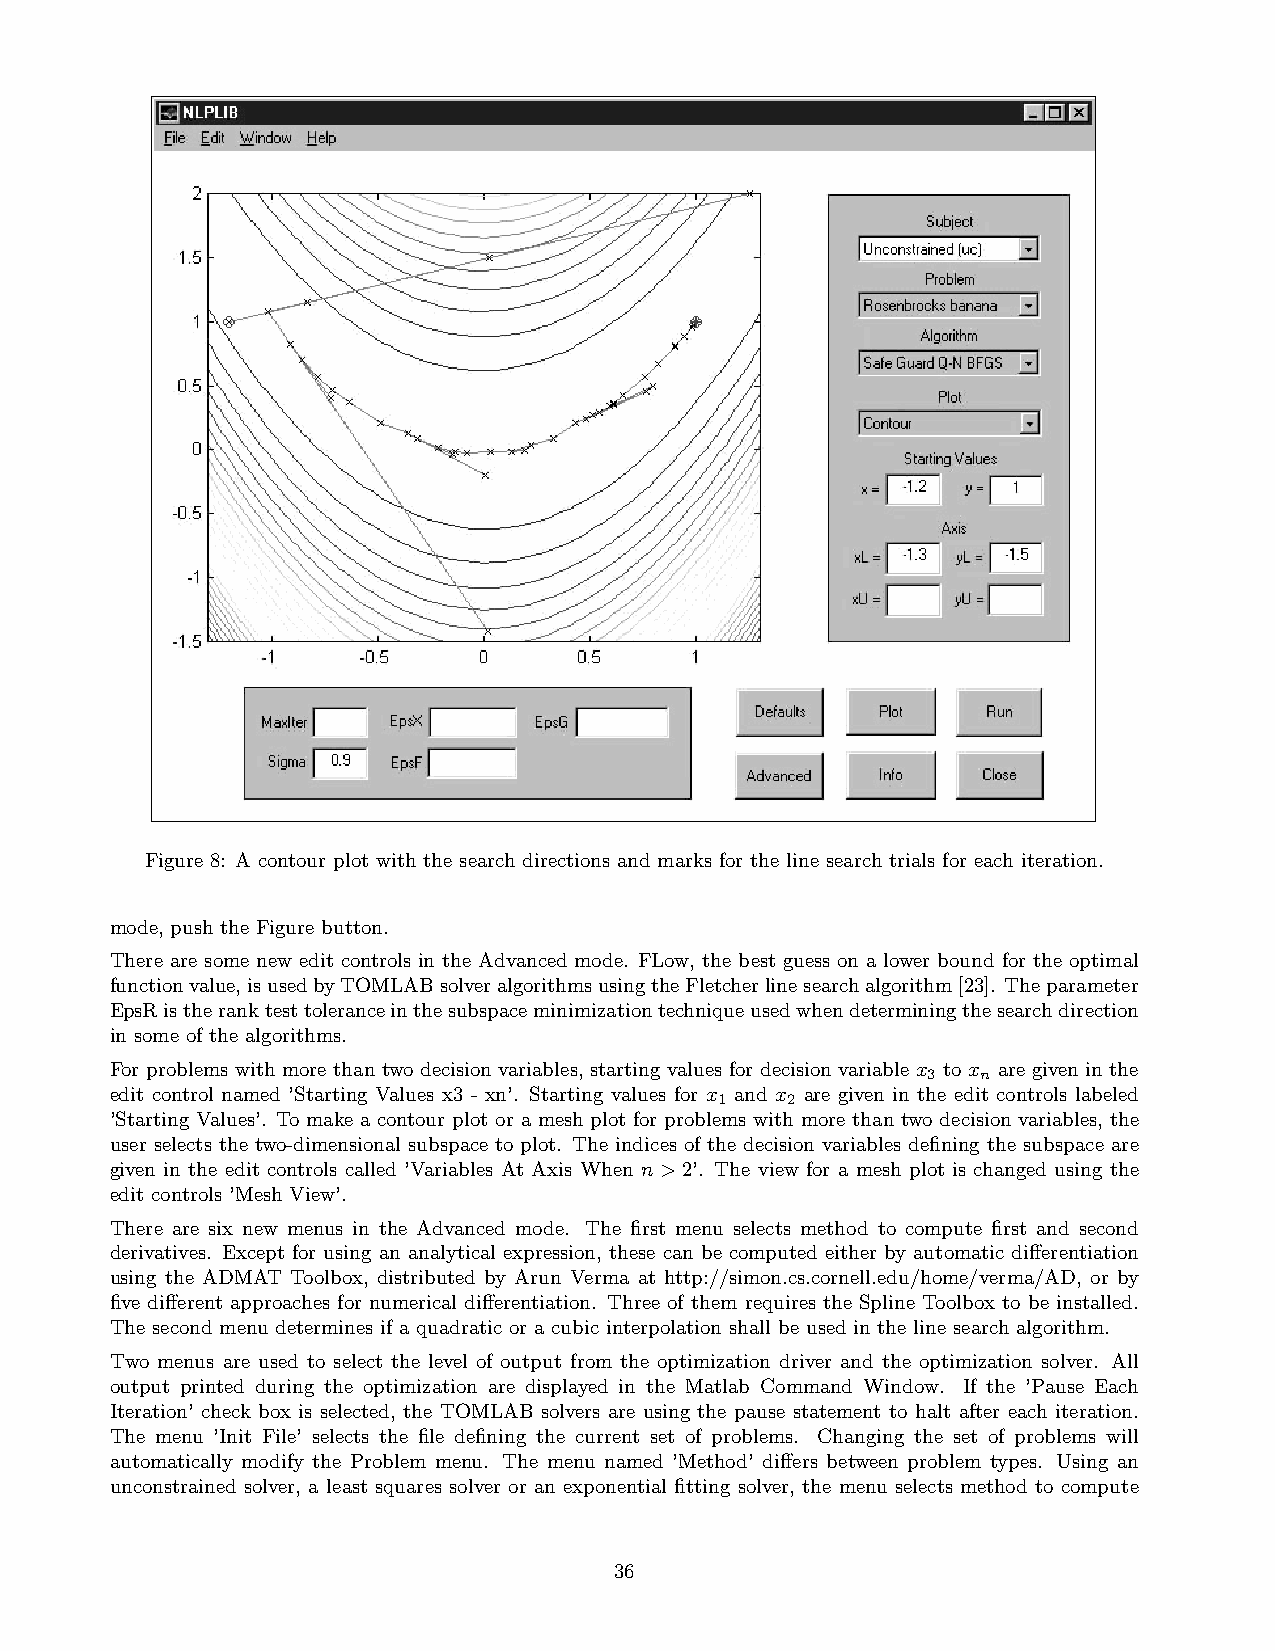
Figure 8: A contour plot with the search directions and marks for the line search trials for each iteration.
 mode, push the Figure button.
 There are some new edit controls in the Advanced mode. FLow, the best guess on a lower bound for the optimal
 functionvalue,isusedbyTOMLABsolveralgorithmsusingtheFletcherlinesearchalgorithm[23]. Theparameter
 EpsRistheranktesttoleranceinthesubspaceminimizationtechniqueusedwhendeterminingthesearchdirection
 in some of the algorithms.
 For problems with more than two decision variables, starting values for decision variable x3 to x
 n
 are given in the
 edit control named ’Starting Values x3 - xn’. Starting values for x1 and x2 are given in the edit controls labeled
 ’Starting Values’. To make a contour plot or a mesh plot for problems with more than two decision variables, the
 user selects the two-dimensional subspace to plot. The indices of the decision variables defining the subspace are
 given in the edit controls called ’Variables At Axis When n > 2’. The view for a mesh plot is changed using the
 edit controls ’Mesh View’.
 There are six new menus in the Advanced mode. The first menu selects method to compute first and second
 derivatives. Except for using an analytical expression, these can be computed either by automatic differentiation
 using the ADMAT Toolbox, distributed by Arun Verma at http://simon.cs.cornell.edu/home/verma/AD, or by
 five different approaches for numerical differentiation. Three of them requires the Spline Toolbox to be installed.
 The second menu determines if a quadratic or a cubic interpolation shall be used in the line search algorithm.
 Two menus are used to select the level of output from the optimization driver and the optimization solver. All
 output printed during the optimization are displayed in the Matlab Command Window. If the ’Pause Each
 Iteration’ check box is selected, the TOMLAB solvers are using the pause statement to halt after each iteration.
 The menu ’Init File’ selects the file defining the current set of problems. Changing the set of problems will
 automatically modify the Problem menu. The menu named ’Method’ differs between problem types. Using an
 unconstrained solver, a least squares solver or an exponential fitting solver, the menu selects method to compute
 36